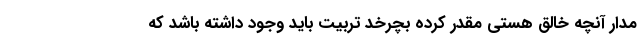
مدار آنچه خالق هستی مقدر کرده بچرخد تربیت باید وجود داشته باشد که